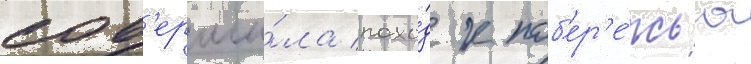
сов'ерши́ла похо́д к поб'ер'е́жью